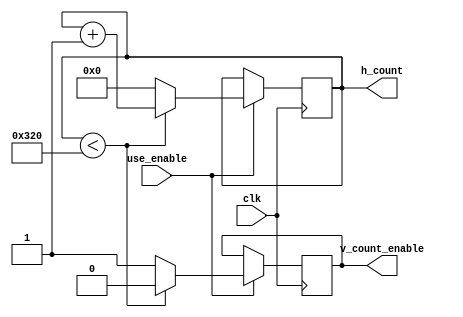
`timescale 1ns / 1ps
//////////////////////////////////////////////////////////////////////////////////
// Company: 
// 
// Design Name: 
// Module Name: horizontal_counter
// Project Name: 
// Target Devices: 
// Tool Versions: 
// Description: 
// 
// Dependencies: 
// 
// Revision:
// Revision 0.01 - File Created
// Additional Comments:
// 
//////////////////////////////////////////////////////////////////////////////////
module horizontal_counter(
       input clk,
       input use_enable,
       output reg v_count_enable = 0,
       output reg [15:0] h_count = 0
    );
    
    //wire enable;
    //wire use_enable;
    
    //clk_en clk_en(.clk(clk), .en(enable));
    //dff_en dff_en(.DFF_CLK(clk), .clock_en(enable), .Q(use_enable));
    
    always @ (posedge clk) begin
        if (use_enable == 1) begin
            if (h_count < 800)                        // from spec sheet
                begin 
                    h_count <= h_count + 1;
                    v_count_enable <= 0;              // disable vert counter
                end 
            else 
                begin
                    h_count <= 0;                     // reset horiz count
                    v_count_enable <= 1;              // enable vert counter
                end
         end
    end
endmodule